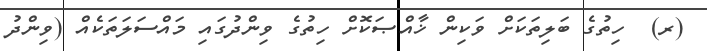
(ރ)  ހިތުގެ ބަލިތަކަށް ވަކިން ޚާއްޞަކޮށް ހިތުގެ ވިންދުގައި މައްސަލަތަކެއް (ވިންދު